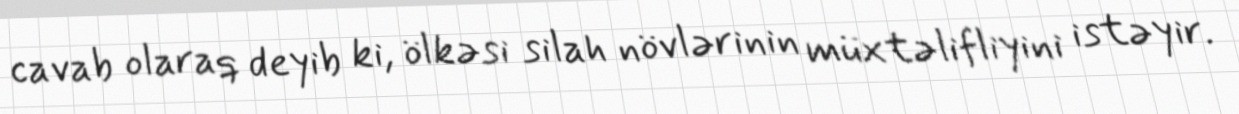
cavab olaraq deyib ki, ölkəsi silah növlərinin müxtəlifliyini istəyir.